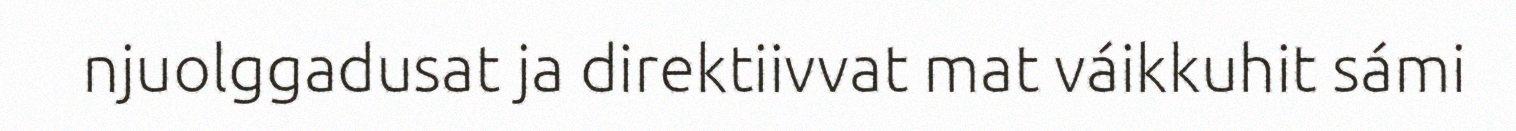
njuolggadusat ja direktiivvat mat váikkuhit sámi